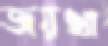
জয়খা